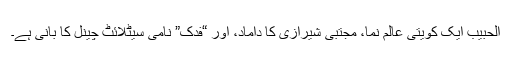
الحبیب ایک کویتی عالم نما، مجتبی شیرازی کا داماد، اور “فدک” نامی سیٹلائٹ چینل کا بانی ہے۔